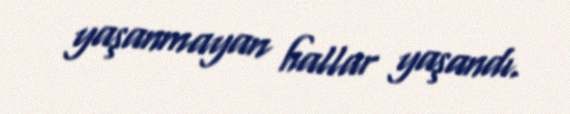
yaşanmayan hallar yaşandı.